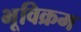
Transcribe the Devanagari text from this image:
भूविक्रम